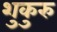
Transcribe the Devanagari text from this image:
शुकुरु